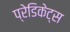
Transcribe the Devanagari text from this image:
प्रेडिकेट्स